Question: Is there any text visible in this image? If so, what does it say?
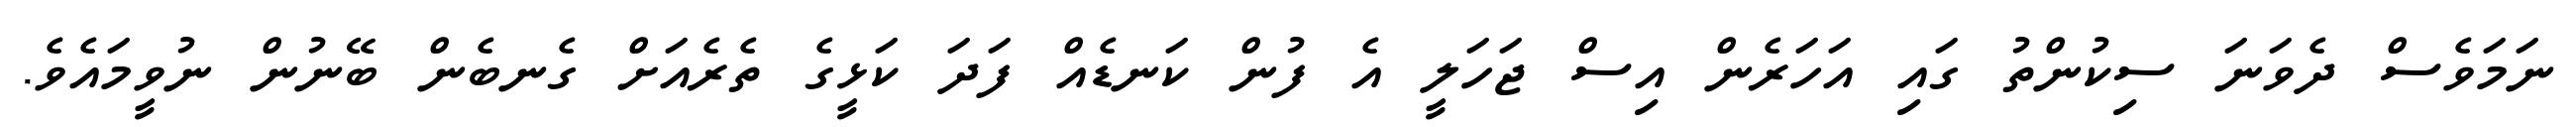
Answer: ނަމަވެސް ދެވަނަ ސިކުންތު ގައި އަހަރެން އިސް ޖަހަލީ އެ ފުން ކަނޑެއް ފަދަ ކަޅީގެ ތެރެއަށް ގެނބެން ބޭނުން ނުވީމައެވެ.